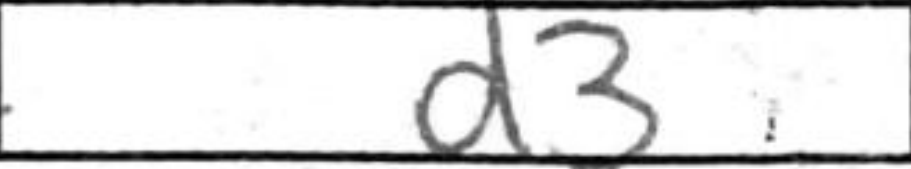
Transcription: d3